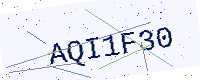
Text: AQI1F30